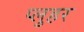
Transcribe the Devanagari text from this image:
प्लुहर